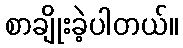
စာချိုးခဲ့ပါတယ်။